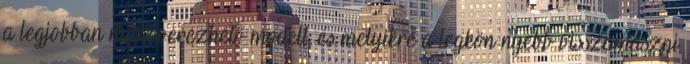
a legjobban manőverezhető modell, és melyikre a legkön�nyebb visszamászni